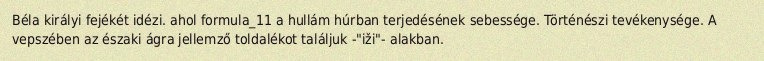
Béla királyi fejékét idézi. ahol formula_11 a hullám húrban terjedésének sebessége. Történészi tevékenysége. A vepszében az északi ágra jellemző toldalékot találjuk -"iži"- alakban.